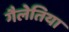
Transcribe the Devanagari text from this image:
गैलेतिया